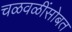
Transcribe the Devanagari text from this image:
चळवळींसोबत